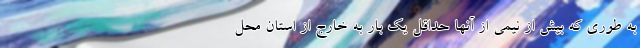
به‌ طوری‌ که بیش از نیمی از آنها حداقل یک بار به خارج از استان محل